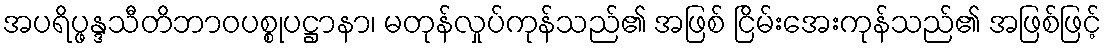
အပရိပ္ဖန္ဒသီတိဘာဝပစ္စုပဋ္ဌာနာ၊ မတုန်လှုပ်ကုန်သည်၏ အဖြစ် ငြိမ်းအေးကုန်သည်၏ အဖြစ်ဖြင့်